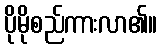
ပိုမိုစည်ကားလာ၏။